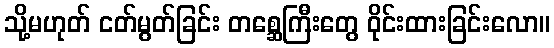
သို့မဟုတ် ငတ်မွတ်ခြင်း တစ္ဆေကြီးတွေ ဝိုင်းထားခြင်းလော။